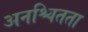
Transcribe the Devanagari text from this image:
अनश्चितता